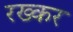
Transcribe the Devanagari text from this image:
रख्कर